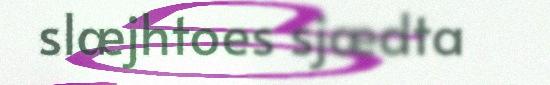
slæjhtoes sjædta